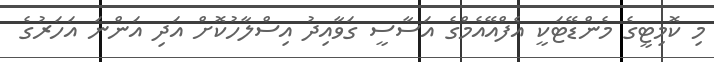
މި ކޮމިޓީގެ މެންޑޭޓަކީ އެފްއޭއެމްގެ އަސާސީ ގަވާއިދު އިސްލާހުކޮށް އަދި އަންނަ އަހަރުގެ